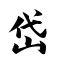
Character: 岱